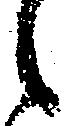
候